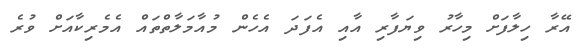
އޭރާ ހިލާފަށް މިހާރު ވިޔަފާރި އާއި އެފަދަ އެެހެން މުއާމަލާތްތައް އެމެރިކާއަށް ވުރެ